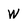
Character: W